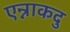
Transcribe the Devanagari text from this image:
एन्नाकदु